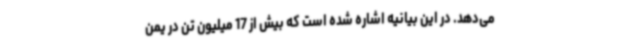
می‌دهد. در این بیانیه اشاره شده است که بیش از 17 میلیون تن در یمن